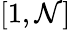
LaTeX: [1,\mathcal{N}]